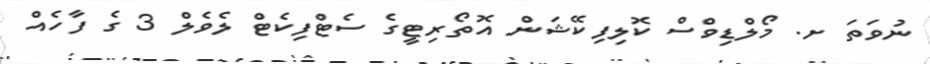
ނުވަތަ ށ. މޯލްޑިވްސް ކޮލިފިކޭޝަން އޮތޯރިޓީގެ ސެޓްފިކެޓް ލެވެލް 3 ގެ ފާހެއް